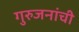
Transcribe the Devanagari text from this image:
गुरुजनांची